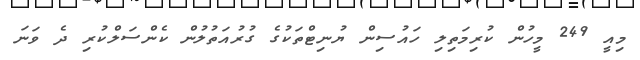
މިއީ 249 މީހުން ކުރިމަތިލި ހައުސިން ޔުނިޓްތަކުގެ ގުރުއަތުލުން ކެންސަލްކުރި ދެ ވަނަ